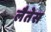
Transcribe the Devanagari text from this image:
लैतेस